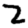
Digit: 2